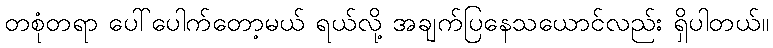
တစုံတရာ ပေါ်ပေါက်တော့မယ် ရယ်လို့ အချက်ပြနေသယောင်လည်း ရှိပါတယ်။